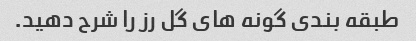
طبقه بندی گونه های گل رز را شرح دهید.